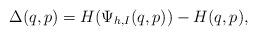
LaTeX: \begin{align*}\Delta(q,p) = H(\Psi_{h,I}(q,p))-H(q,p),\end{align*}